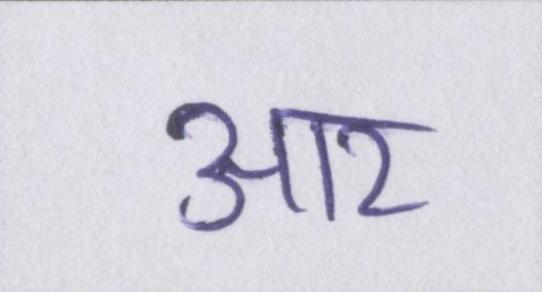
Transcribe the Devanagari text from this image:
आर